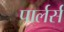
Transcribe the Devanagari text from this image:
पार्लर्स